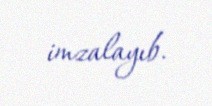
imzalayıb.